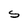
Character: S